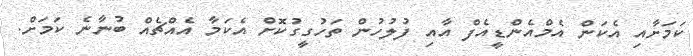
ކަމަށާއި އެކަން އެމްއެންޑީއެފް އާއި ފުލުހުން ތަހުުގީގުކޮށް އެކަމާ އެއްޗެއް ބުނާނެ ކަމަށް.